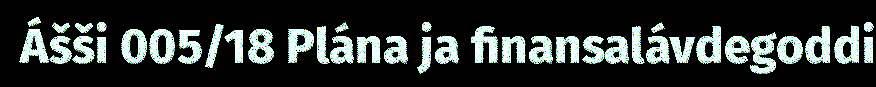
Ášši 005/18 Plána ja finansalávdegoddi